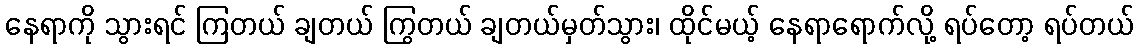
နေရာကို သွားရင် ကြတယ် ချတယ် ကြွတယ် ချတယ်မှတ်သွား၊ ထိုင်မယ့် နေရာရောက်လို့ ရပ်တော့ ရပ်တယ်